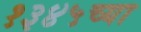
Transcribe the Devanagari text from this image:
१३४५च्या